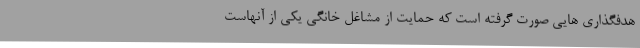
هدفگذاری هایی صورت گرفته است که حمایت از مشاغل خانگی یکی از آنهاست